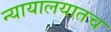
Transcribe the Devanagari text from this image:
न्यायालयातच